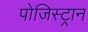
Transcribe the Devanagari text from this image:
पोजिस्ट्रान